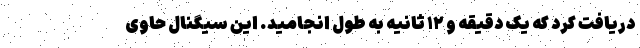
دریافت کرد که یک دقیقه و ۱۲ ثانیه به طول انجامید. این سیگنال حاوی